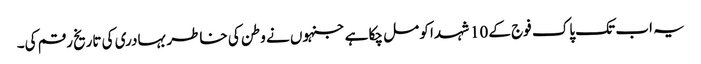
یہ اب تک پاک فوج کے 10 شہدا کو مل چکا ہے جنہوں نے وطن کی خاطر بہادری کی تاریخ رقم کی۔